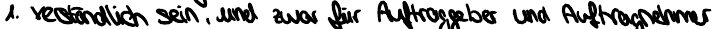
1. verständlich sein, und zwar für Auftraggeber und Auftragnehmer